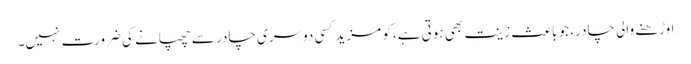
اوڑھنے والی چادر، جو باعث زینت بھی ہوتی ہے، کو مزید کسی دوسری چادر سے چھپانے کی ضرورت نہیں۔